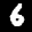
Label: 6